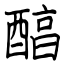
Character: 醕